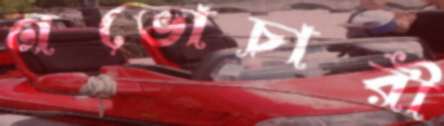
নভোচারী